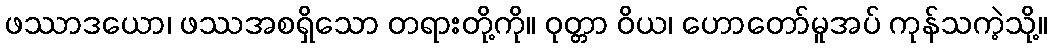
ဖဿာဒယော၊ ဖဿအစရှိသော တရားတို့ကို။ ဝုတ္တာ ဝိယ၊ ဟောတော်မူအပ် ကုန်သကဲ့သို့။